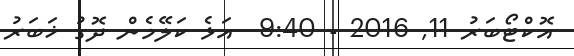
އޮކްޓޯބަރު 11